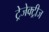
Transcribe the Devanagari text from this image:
ट्रेजेक्ट्रीज